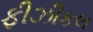
ફીઝીકલ